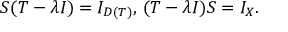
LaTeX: S ( T - \lambda I ) = I _ { D ( T ) } , \, ( T - \lambda I ) S = I _ { X } .